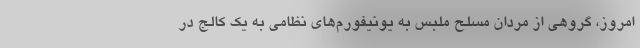
امروز، گروهی از مردان مسلح ملبس به یونیفورم‌های نظامی به یک کالج در